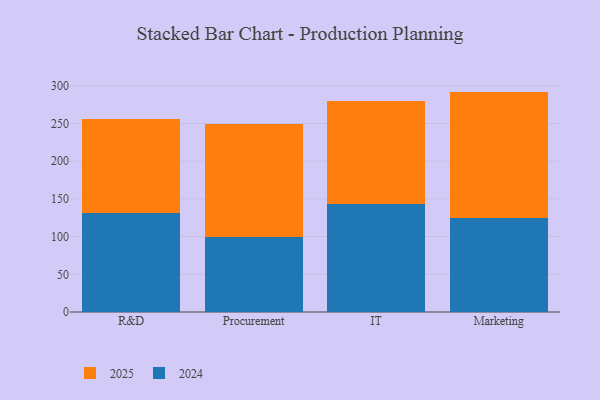
{"axis": {"x": "Department", "y": "Production Output"}, "legend": ["2024", "2025"], "data": [{"x": "R&D", "y": 131.6, "type": "2024"}, {"x": "R&D", "y": 124.7, "type": "2025"}, {"x": "Procurement", "y": 99.4, "type": "2024"}, {"x": "Procurement", "y": 149.4, "type": "2025"}, {"x": "IT", "y": 143.6, "type": "2024"}, {"x": "IT", "y": 136.3, "type": "2025"}, {"x": "Marketing", "y": 124.8, "type": "2024"}, {"x": "Marketing", "y": 167.5, "type": "2025"}]}